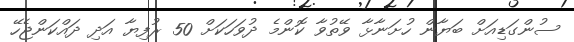
ސުންގަޑިއަށް ބަޔާން ހުށަނާޅާ ވޭތުވާ ކޮންމެ ދުވަހަކަށް 50 ރުފިޔާ އަދި ދައްކަންޖެހޭ